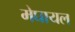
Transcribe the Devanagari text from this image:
मेघायल